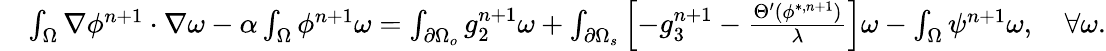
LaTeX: \begin{array}{rl}{\small}&{\int_{\Omega}\nabla\phi^{n+1}\cdot\nabla\omega-\alpha\int_{\Omega}\phi^{n+1}\omega=\int_{\partial\Omega_{o}}g_{2}^{n+1}\omega+\int_{\partial\Omega_{s}}\left[-g_{3}^{n+1}-\frac{\Theta^{\prime}(\phi^{*,n+1})}{\lambda}\right]\omega-\int_{\Omega}\psi^{n+1}\omega,\quad\forall\omega.}\end{array}